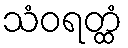
သံဝရတ္ထံ